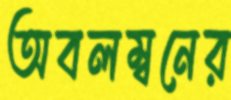
অবলম্বনের